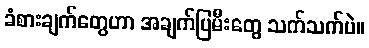
ခံစားချက်တွေဟာ အချက်ပြမီးတွေ သက်သက်ပဲ။